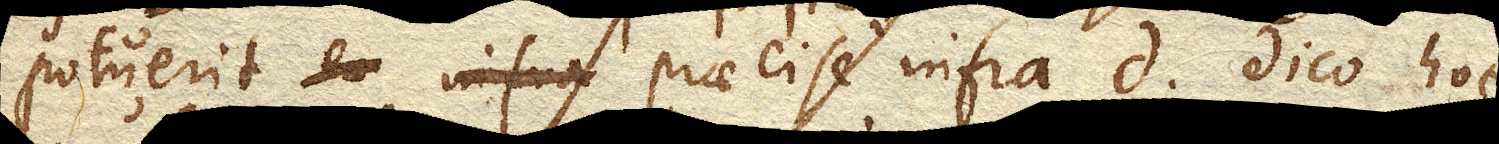
potuerit eo infra praecise infra d. Dico hoc